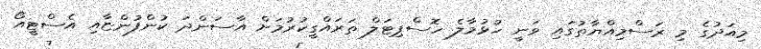
މިއަދުގެ މި ރަސްމިއްޔާތުގައި ވަނީ ހުޅުމާލެ ހޮސްޕިޓަލް ތަރައްގީކުރުމަށް އާސަންދަ ކުންފުންޏާއި އެސްޓީއޯ